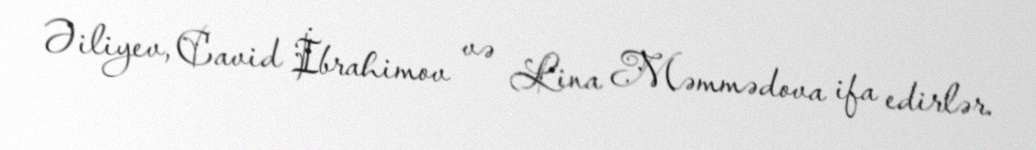
Əiliyev, Cavid İbrahimov və Lina Məmmədova ifa edirlər.